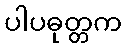
ပါပဓုတ္တက